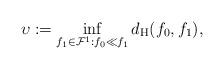
LaTeX: \begin{align*}\upsilon := \inf_{f_1 \in \mathcal{F}^1:f_0 \ll f_1} d_{\mathrm{H}}(f_0,f_1),\end{align*}